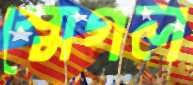
স্মেগল